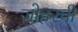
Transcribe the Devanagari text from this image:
जोहरची